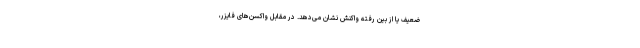
ضعیف یا از بین رفته واکنش نشان می‌دهد. در مقابل واکسن‌های فایزر،